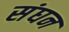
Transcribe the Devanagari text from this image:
संघन